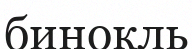
бинокль